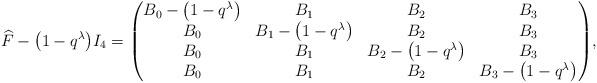
LaTeX: \begin{align*}\widehat{F}-\big(1-q^{\lambda}\big)I_4 = \begin{pmatrix} B_0 -\big(1-q^{\lambda}\big) & B_1 & B_2 & B_3\\ B_0 & B_1-\big(1-q^{\lambda}\big) & B_2 & B_3\\ B_0 & B_1 & B_2-\big(1-q^{\lambda}\big) & B_3\\ B_0 & B_1 & B_2 & B_3-\big(1-q^{\lambda}\big) \end{pmatrix}\!,\end{align*}